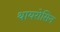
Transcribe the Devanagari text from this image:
थायरोसिन